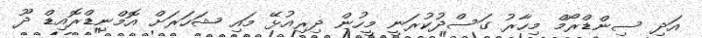
އަދި ސިންޑްރޯމް މިހާރު ގަސްދުކުރަނީ މީހުން ދިރިއުޅޭ މައި ޝަހަރަށް އޮމްނިޑްރޮއިޑް ދޫ